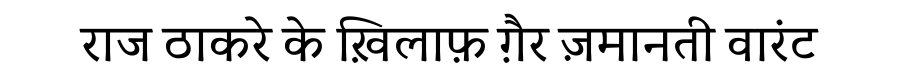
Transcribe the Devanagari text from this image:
राज ठाकरे के ख़िलाफ़ ग़ैर ज़मानती वारंट